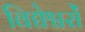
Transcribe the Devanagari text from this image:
विद्येश्वरों